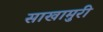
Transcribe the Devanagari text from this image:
साखामुरी